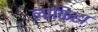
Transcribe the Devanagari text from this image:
लाकिहा